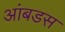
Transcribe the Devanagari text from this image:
आंबडस